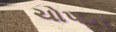
ચોપન